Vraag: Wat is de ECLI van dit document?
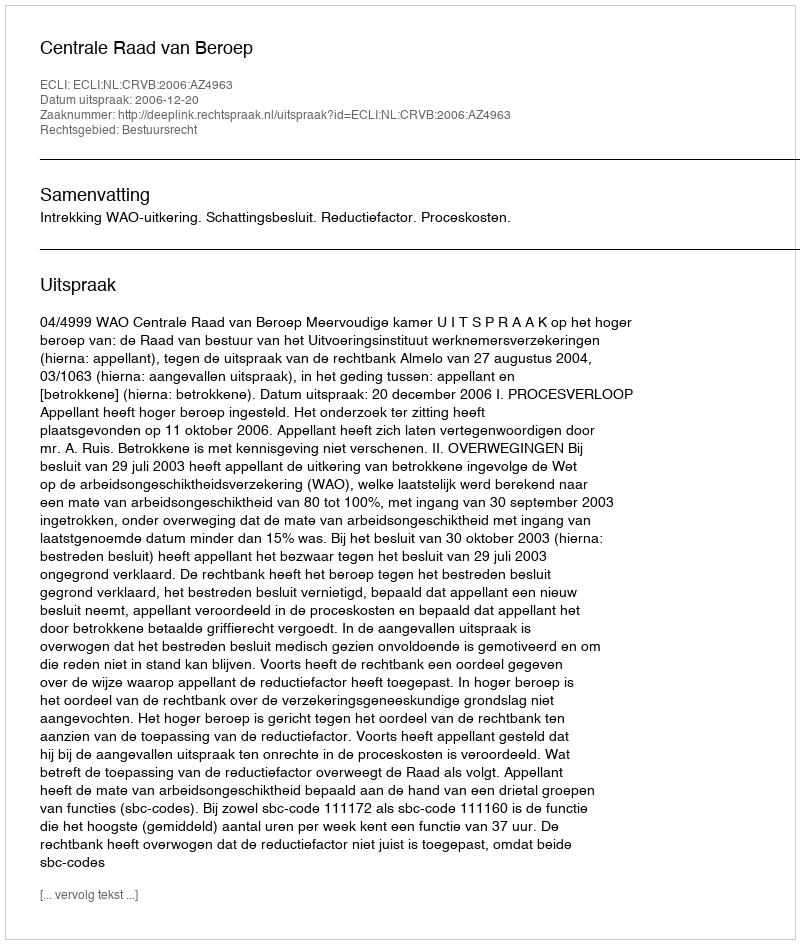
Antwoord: ECLI:NL:CRVB:2006:AZ4963